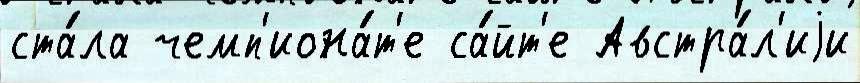
ста́ла чемп'иона́т'е са́йт'е Австра́л'иjи